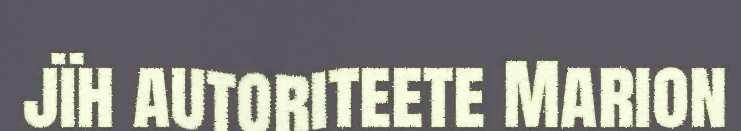
jïh autoriteete Marion